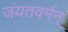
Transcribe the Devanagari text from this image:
जंयतवर्मन्